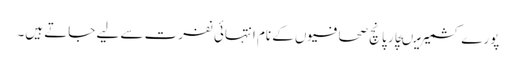
پورے کشمیر میںچار پانچ صحافیوں کے نام انتہائی نفرت سے لیے جاتے ہیں۔